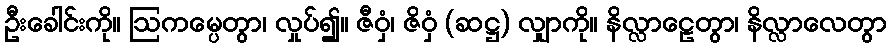
ဦးခေါင်းကို။ ဩကမ္ပေတွာ၊ လှုပ်၍။ ဇီဝှံ၊ ဇိဝှံ (ဆဋ္ဌ) လျှာကို။ နိလ္လာဠေတွာ၊ နိလ္လာလေတွာ